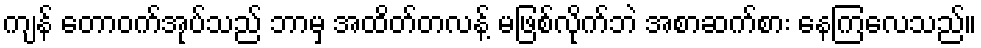
ကျန် တောဝက်အုပ်သည် ဘာမှ အထိတ်တလန့် မဖြစ်လိုက်ဘဲ အစာဆက်စား နေကြလေသည်။